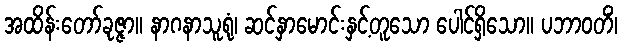
အထိန်းတော်ခုဇ္ဇာ။ နာဂနာသူရုံ၊ ဆင်နှာမောင်းနှင့်တူသော ပေါင်ရှိသော။ ပဘာဝတိံ၊